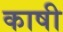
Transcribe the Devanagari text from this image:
काषी